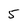
Character: 5